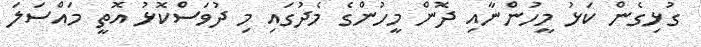
ގުޅިގެން ކަޅު މީހުންނާއި ދޮން މީހުންގެ މެދުގައި މި ދުވަސްކޮޅު އޮތީ މައްސަލަ